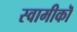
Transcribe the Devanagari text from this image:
स्वामीकॊ